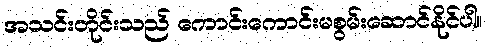
အသင်းတိုင်းသည် ကောင်းကောင်းမစွမ်းဆောင်နိုင်ပါ။